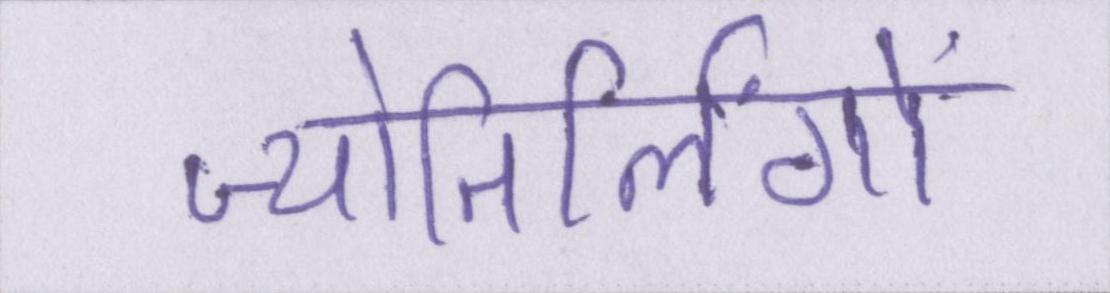
ज्योतिर्लिंगों